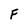
Character: F